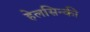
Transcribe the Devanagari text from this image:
हेलसिन्की